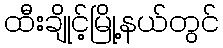
ထီးချိုင့်မြို့နယ်တွင်